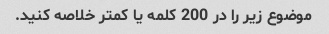
موضوع زیر را در 200 کلمه یا کمتر خلاصه کنید.